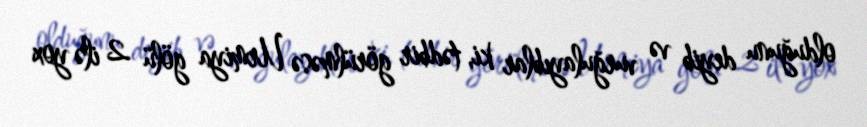
olduğunu deyib və vurğulayıblar ki, tədbir görülməsə Urmiya gölü 2 ilə yox